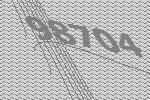
98704